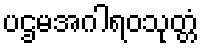
ပဌမအဂါရဝသုတ္တံ